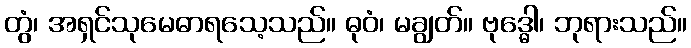
တွံ၊ အရှင်သုမေဓာရသေ့သည်။ ဓုဝံ၊ မချွတ်။ ဗုဒ္ဓေါ၊ ဘုရားသည်။